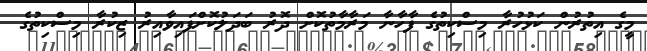
މީގެ އިތުރުން ކަޅުހުރާ މިސްކިތުގެ ފާހާނާ މަރާމާތުކޮށް ދޮރު ބަދަލުކޮށްފައިވާއިރު ޒިކުރާ މިސްކިތުގެ